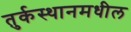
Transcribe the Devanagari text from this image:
तुर्कस्थानमधील